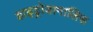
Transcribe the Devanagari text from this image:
हाइड्रोडामालिस